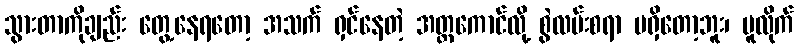
သွားတာကိုချည်း တွေ့နေရတော့ အသက် ရှင်နေတဲ့ အတ္တကောင်လို့ စွဲလမ်းစရာ မရှိတော့ဘူး၊ ပူလိုက်